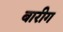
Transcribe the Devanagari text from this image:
बारीग